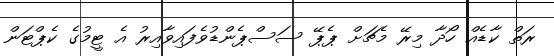
ރަތް ކާޑެއް ހޯދާ މިރޭ މެޗަށް ޕެޕޭ ސަސްޕެންޑުވެފައިވާއިރު އެ ޓީމުގެ ކެޕްޓަން